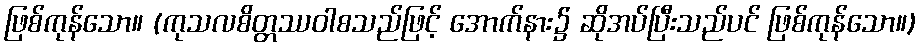
ဖြစ်ကုန်သော။ (ကုသလစိတ္တဿဝါစသည်ဖြင့် အောက်နား၌ ဆိုအပ်ပြီးသည်ပင် ဖြစ်ကုန်သော။)